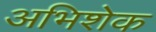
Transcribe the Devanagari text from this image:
अभिशेक